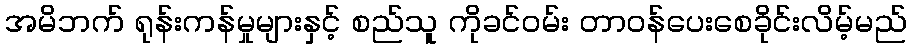
အမိဘက် ရုန်းကန်မှုများနှင့် စည်သူ ကိုခင်ဝမ်း တာဝန်ပေးစေခိုင်းလိမ့်မည်